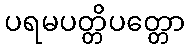
ပရမပတ္တိပတ္တော